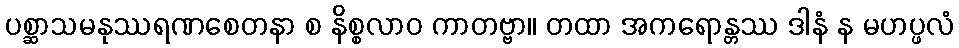
ပစ္ဆာသမနုဿရဏစေတနာ စ နိစ္စလာဝ ကာတဗ္ဗာ။ တထာ အကရောန္တဿ ဒါနံ န မဟပ္ဖလံ